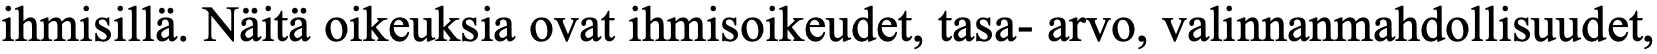
ihmisillä. Näitä oikeuksia ovat ihmisoikeudet, tasa- arvo, valinnanmahdollisuudet,